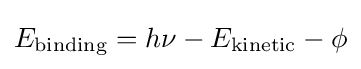
E_{\text{binding}}=h\nu -E_{\text{kinetic}}-\phi